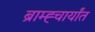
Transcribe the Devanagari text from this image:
ब्राम्ह्चार्यांत